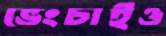
ভেংচাইও